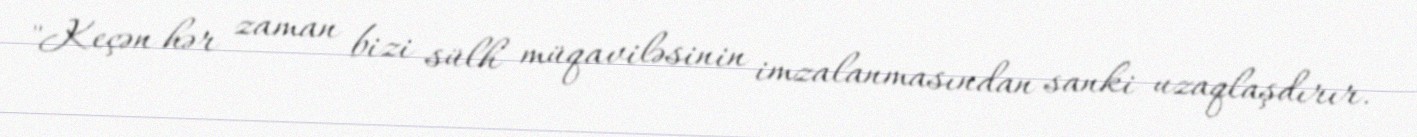
"Keçən hər zaman bizi sülh müqaviləsinin imzalanmasından sanki uzaqlaşdırır.